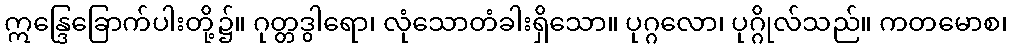
ဣန္ဒြေခြောက်ပါးတို့၌။ ဂုတ္တဒွါရော၊ လုံသောတံခါးရှိသော။ ပုဂ္ဂလော၊ ပုဂ္ဂိုလ်သည်။ ကတမောစ၊